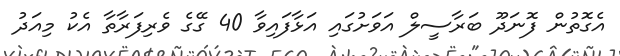
އެގޮތުން ފޮނަދޫ ބަރާސީލް އަވަށުގައި އަޅާފައިވާ 40 ގޭގެ ވެރިފަރާތާ އެކު މިއަދު